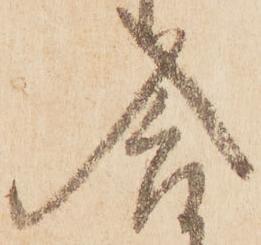
合